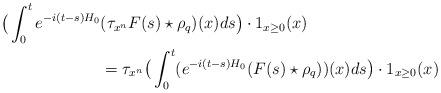
LaTeX: \begin{align*}\big( \int_0^t e^{-i (t-s)H_0}&(\tau_{x^n}F(s) \star\rho_q)(x)ds\big) \cdot 1_{x\geq 0}(x)\\&= \tau_{x^n} \big( \int_0^t (e^{-i (t-s)H_0}(F(s) \star\rho_q))(x)ds\big) \cdot 1_{x\geq 0}(x)\end{align*}